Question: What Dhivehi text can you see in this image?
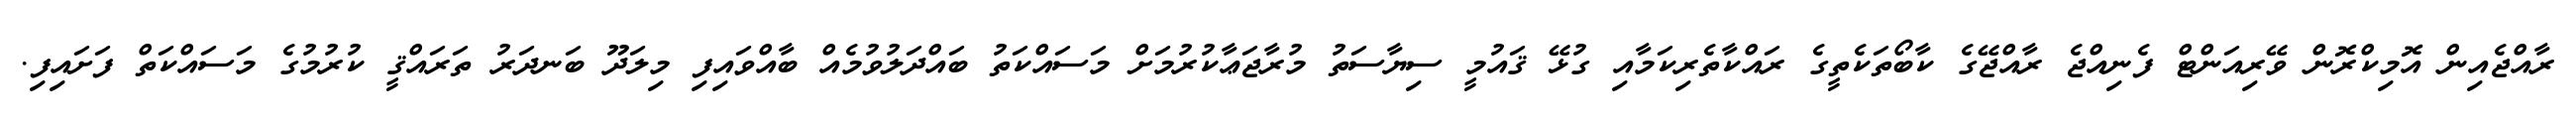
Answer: ރާއްޖެއިން އޮމިކްރޮން ވޭރިއަންޓް ފެނިއްޖެ ރާއްޖޭގެ ކާބޯތަކެތީގެ ރައްކާތެރިކަމާއި ގުޅޭ ޤައުމީ ސިޔާސަތު މުރާޖަޢާކުރުމަށް މަސައްކަތު ބައްދަލުވުމެއް ބާއްވައިފި މިލަދޫ ބަނދަރު ތަރައްޤީ ކުރުމުގެ މަސައްކަތް ފަށައިފި.